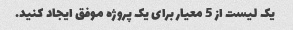
یک لیست از 5 معیار برای یک پروژه موفق ایجاد کنید.